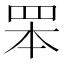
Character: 𦊚